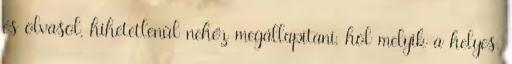
és olvasol, hihetetlenül nehéz megállapitani, hol melyik a helyes.